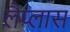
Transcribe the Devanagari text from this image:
लैप्लास